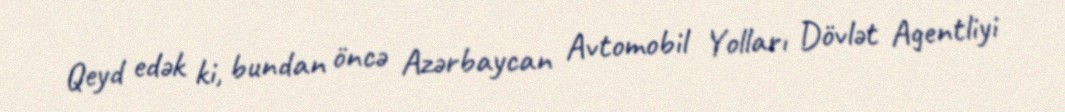
Qeyd edək ki, bundan öncə Azərbaycan Avtomobil Yolları Dövlət Agentliyi